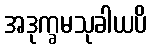
အဒုက္ခမသုခါယပိ